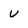
Character: v